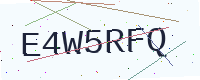
Text: E4W5RFQ